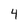
Character: 4